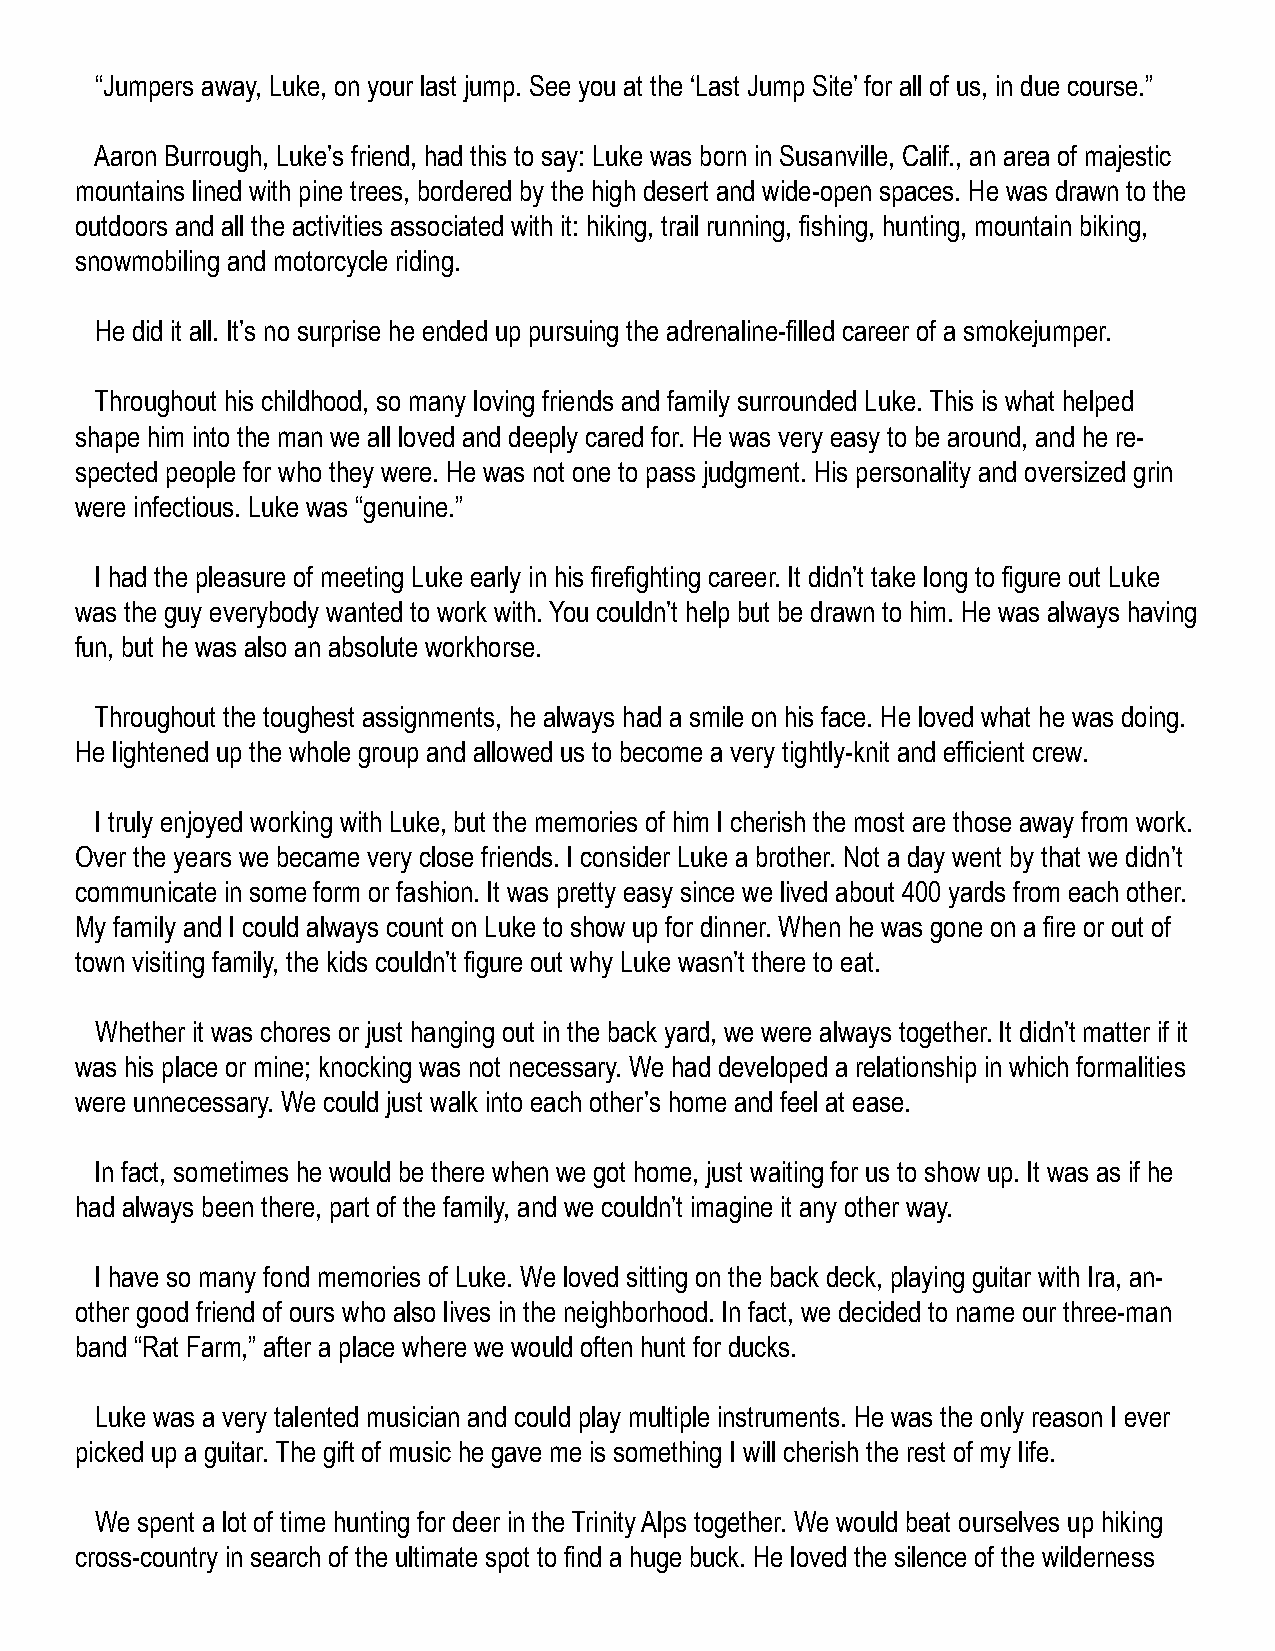
“Jumpers away, Luke, on your last jump. See you at the ‘Last Jump Site’ for all of us, in due course.”
 Aaron Burrough, Luke’s friend, had this to say: Luke was born in Susanville, Calif., an area of majestic
 mountains lined with pine trees, bordered by the high desert and wide-open spaces. He was drawn to the
 outdoors and all the activities associated with it: hiking, trail running, fishing, hunting, mountain biking,
 snowmobiling and motorcycle riding.
 He did it all. It’s no surprise he ended up pursuing the adrenaline-filled career of a smokejumper.
 Throughout his childhood, so many loving friends and family surrounded Luke. This is what helped
 shape him into the man we all loved and deeply cared for. He was very easy to be around, and he re-
 spected people for who they were. He was not one to pass judgment. His personality and oversized grin
 were infectious. Luke was “genuine.”
 I had the pleasure of meeting Luke early in his firefighting career. It didn’t take long to figure out Luke
 was the guy everybody wanted to work with. You couldn’t help but be drawn to him. He was always having
 fun, but he was also an absolute workhorse.
 Throughout the toughest assignments, he always had a smile on his face. He loved what he was doing.
 He lightened up the whole group and allowed us to become a very tightly-knit and efficient crew.
 I truly enjoyed working with Luke, but the memories of him I cherish the most are those away from work.
 Over the years we became very close friends. I consider Luke a brother. Not a day went by that we didn’t
 communicate in some form or fashion. It was pretty easy since we lived about 400 yards from each other.
 My family and I could always count on Luke to show up for dinner. When he was gone on a fire or out of
 town visiting family, the kids couldn’t figure out why Luke wasn’t there to eat.
 Whether it was chores or just hanging out in the back yard, we were always together. It didn’t matter if it
 was his place or mine; knocking was not necessary. We had developed a relationship in which formalities
 were unnecessary. We could just walk into each other’s home and feel at ease.
 In fact, sometimes he would be there when we got home, just waiting for us to show up. It was as if he
 had always been there, part of the family, and we couldn’t imagine it any other way.
 I have so many fond memories of Luke. We loved sitting on the back deck, playing guitar with Ira, an-
 other good friend of ours who also lives in the neighborhood. In fact, we decided to name our three-man
 band “Rat Farm,” after a place where we would often hunt for ducks.
 Luke was a very talented musician and could play multiple instruments. He was the only reason I ever
 picked up a guitar. The gift of music he gave me is something I will cherish the rest of my life.
 We spent a lot of time hunting for deer in the Trinity Alps together. We would beat ourselves up hiking
 cross-country in search of the ultimate spot to find a huge buck. He loved the silence of the wilderness